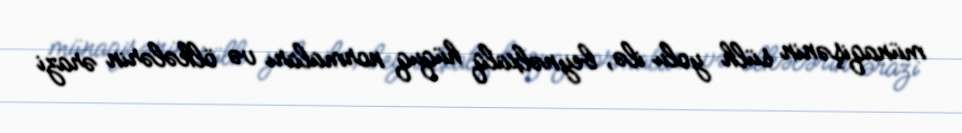
münaqişənin sülh yolu ilə, beynəlxalq hüquq normaları və ölkələrin ərazi